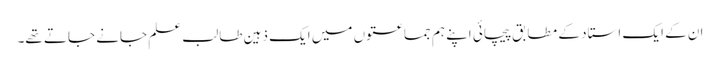
ان کے ایک استاد کے مطابق پیچائی اپنے ہم جماعتوں میں ایک ذہین طالب علم جانے جاتے تھے۔